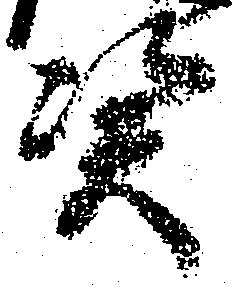
憑